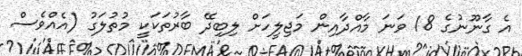
އެ ގާނޫނުގެ 18 ވަނަ މާއްދާއިން މަޖިލީހަށް ލިބިދޭ ބާރުތަކަކީ މުތުލަގު (އެއްވެސް